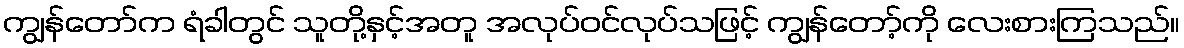
ကျွန်တော်က ရံခါတွင် သူတို့နှင့်အတူ အလုပ်ဝင်လုပ်သဖြင့် ကျွန်တော့်ကို လေးစားကြသည်။